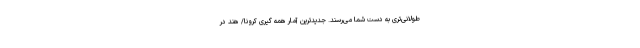
طولانی‌تری به دست شما می‌رسند. جدیدترین آمار همه گیری کرونا/ هند در